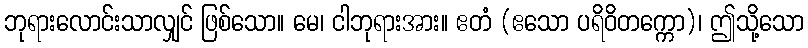
ဘုရားလောင်းသာလျှင် ဖြစ်သော။ မေ၊ ငါဘုရားအား။ ဧတံ (ဧသော ပရိဝိတက္ကော)၊ ဤသို့သော